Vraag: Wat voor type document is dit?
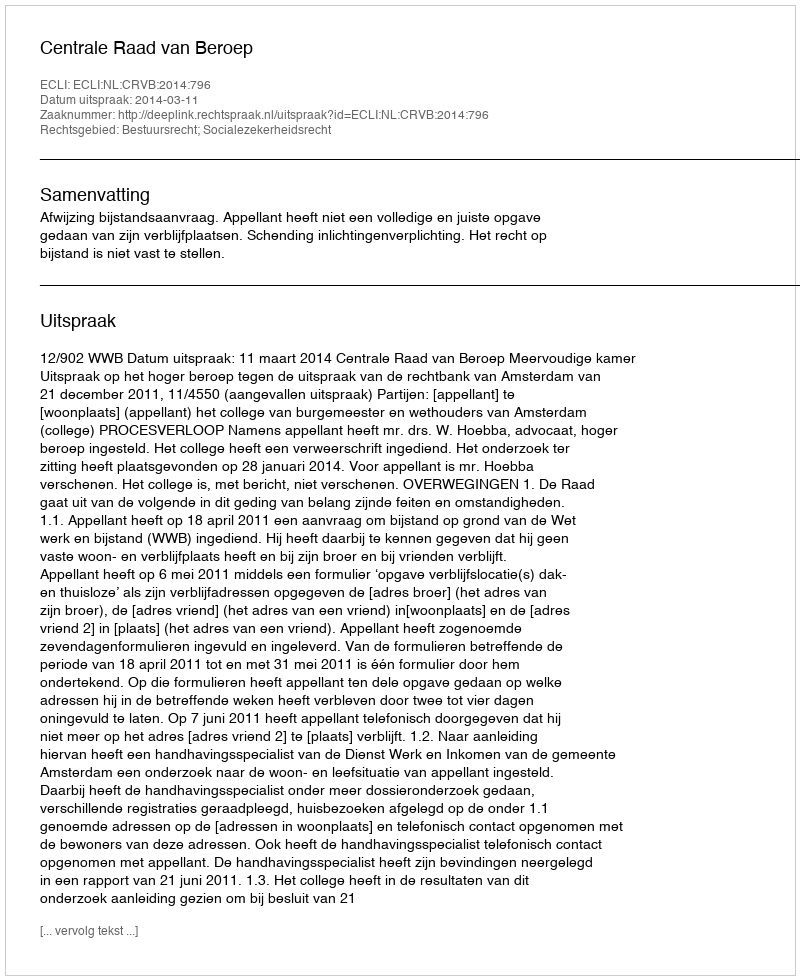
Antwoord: Uitspraak